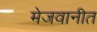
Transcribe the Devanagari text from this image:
मेजवानीत